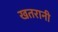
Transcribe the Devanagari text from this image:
खतरानी